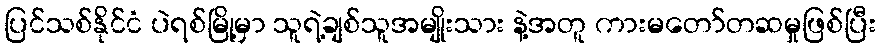
ပြင်သစ်နိုင်ငံ ပဲရစ်မြို့မှာ သူရဲ့ချစ်သူအမျိုးသား နဲ့အတူ ကားမတော်တဆမှုဖြစ်ပြီး